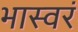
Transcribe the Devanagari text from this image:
भास्वरं